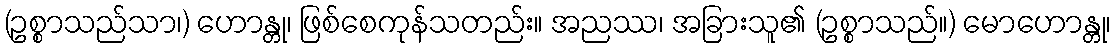
(ဥစ္စာသည်သာ၊) ဟောန္တု၊ ဖြစ်စေကုန်သတည်း။ အညဿ၊ အခြားသူ၏ (ဥစ္စာသည်။) မောဟောန္တု၊